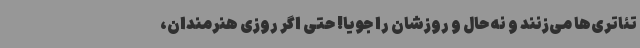
تئاتری‌ها می‌زنند و نه حال و روزشان را جویا! حتی اگر روزی هنرمندان،